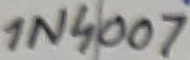
Text: 1N4007